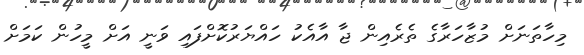
މިހާތަނަށް މުޒާހަރާގެ ތެރެއިން ޖާ އާއެކު ހައްޔަރުކޮށްފައި ވަނީ އަށް މީހުން ކަމަށް